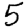
Digit: 5